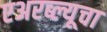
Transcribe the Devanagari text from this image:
एअरब्ल्यूचा